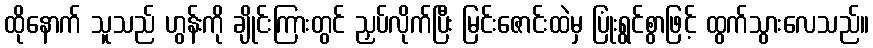
ထိုနောက် သူသည် ဟွန်းကို ချိုင်းကြားတွင် ညှပ်လိုက်ပြီး မြင်းဇောင်းထဲမှ ပြုံးရွင်စွာဖြင့် ထွက်သွားလေသည်။